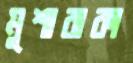
মুশারাকা